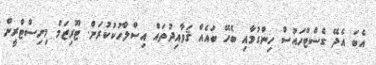
އެބަ އެދޭ ގެސްޓްހައުސް ހިންގުމާއި ބެހޭ ބައެއް ޤަވާއިދުތައް އިސްލާހުކުކުރަން. ޓޫރިޒަމް މިނިސްޓްރީން